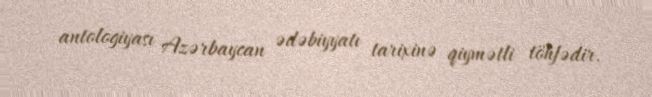
antologiyası Azərbaycan ədəbiyyatı tarixinə qiymətli töhfədir.